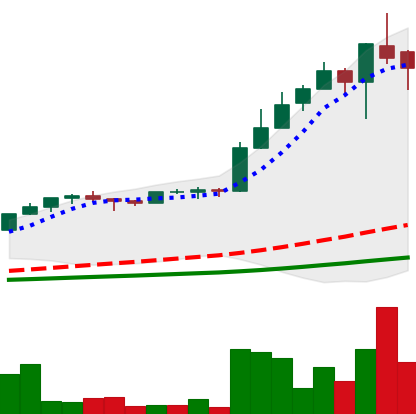
Ticker: LTC-USD
Chart end date: 2017-05-11
Forward return: -24.058%
Label: down_7plus